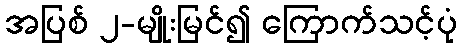
အပြစ် ၂-မျိုးမြင်၍ ကြောက်သင့်ပုံ